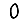
Digit: 0